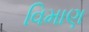
વિમાણ